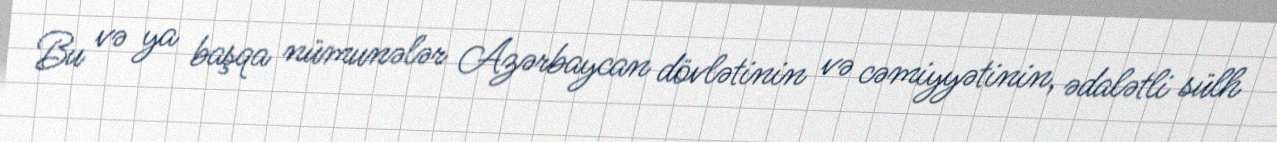
Bu və ya başqa nümunələr Azərbaycan dövlətinin və cəmiyyətinin, ədalətli sülh